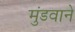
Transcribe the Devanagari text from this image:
मुंडवाने